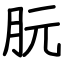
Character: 朊